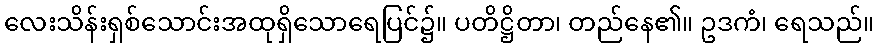
လေးသိန်းရှစ်သောင်းအထုရှိသောရေပြင်၌။ ပတိဋ္ဌိတာ၊ တည်နေ၏။ ဥဒကံ၊ ရေသည်။